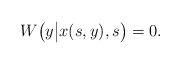
LaTeX: \begin{align*}W \bigl ( y \bigl| x (s,y), s \bigr) = 0. \end{align*}